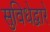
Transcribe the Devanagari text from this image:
सुविधेद्वारे